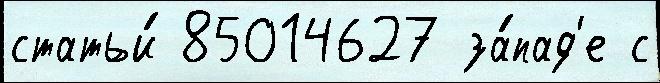
статьи́ 85014627 за́пад'е с